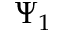
\Psi _ { 1 }